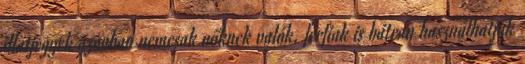
illatjegyek azonban nemcsak nőknek valók, férfiak is bátran használhatják